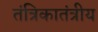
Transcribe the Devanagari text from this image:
तंत्रिकातंत्रीय